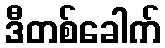
ဒီတစ်ခေါက်